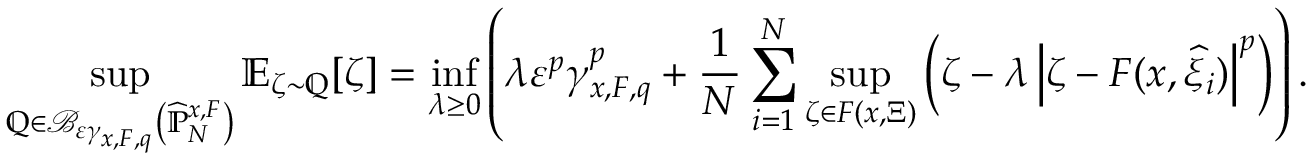
\operatorname* { s u p } _ { \mathbb { Q } \in \mathcal { B } _ { \varepsilon \gamma _ { x , F , q } } \left( \widehat { \mathbb { P } } _ { N } ^ { x , F } \right) } \mathbb { E } _ { \zeta \sim \mathbb { Q } } [ \zeta ] = \operatorname* { i n f } _ { \lambda \geq 0 } \left( \lambda \varepsilon ^ { p } \gamma _ { x , F , q } ^ { p } + \frac { 1 } { N } \sum _ { i = 1 } ^ { N } \operatorname* { s u p } _ { \zeta \in F ( x , \Xi ) } \left( \zeta - \lambda \left| \zeta - F ( x , \widehat { \xi } _ { i } ) \right| ^ { p } \right) \right) .